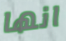
انها